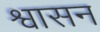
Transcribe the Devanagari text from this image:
श्वासन